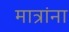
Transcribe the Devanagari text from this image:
मात्रांना